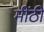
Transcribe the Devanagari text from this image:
मींठी